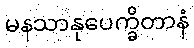
မနသာနုပေက္ခိတာနံ